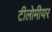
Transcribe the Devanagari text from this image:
टीलोमीयर